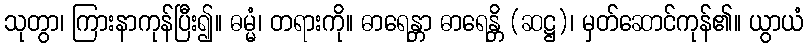
သုတွာ၊ ကြားနာကုန်ပြီး၍။ ဓမ္မံ၊ တရားကို။ ဓာရေန္တာ ဓာရေန္တိ (ဆဋ္ဌ)၊ မှတ်ဆောင်ကုန်၏။ ယွာယံ